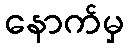
နောက်မှ